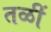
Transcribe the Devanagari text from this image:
तळीं